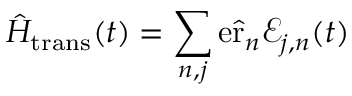
\hat { H } _ { \mathrm { t r a n s } } ( t ) = \sum _ { n , j } \mathrm { e } \hat { \mathbf { \mathrm { r } } } _ { n } \mathbf { \mathcal { E } } _ { j , n } ( t )